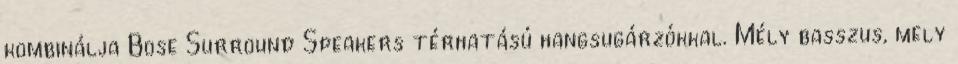
kombinálja Bose Surround Speakers térhatású hangsugárzókkal. Mély basszus, mely